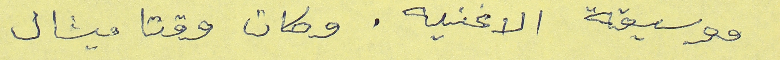
موسيقة الاغنيه. وكان وقتا ميشال